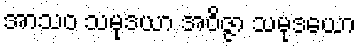
အာသဝ သမုဒယာ အဝိဇ္ဇာ သမုဒယော